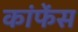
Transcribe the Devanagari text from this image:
कांफेंस